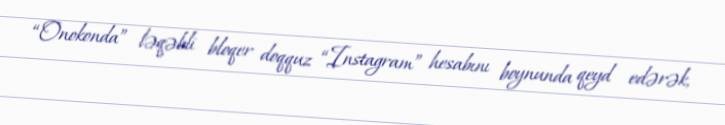
“Onokonda” ləqəbli bloqer doqquz “Instagram” hesabını boynunda qeyd edərək,